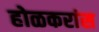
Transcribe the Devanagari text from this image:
होळकरांस